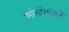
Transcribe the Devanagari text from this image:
मांसपेशीयाँ